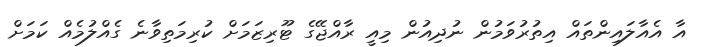
އާ އެއާލައިންތައް އިތުރުވަމުން ނުދިއުން މިއީ ރާއްޖޭގެ ޓޫރިޒަމަށް ކުރިމަތިވާނެ ގެއްލުމެއް ކަމަށް